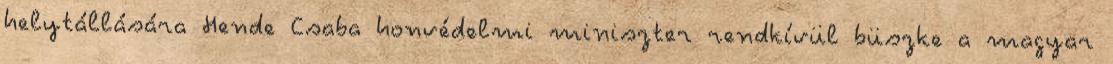
helytállására Hende Csaba honvédelmi miniszter rendkívül büszke a magyar